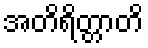
အတိရိတ္တာတိ